Vital statistics of India. Vol. IV, Annual returns from 1871 to 1876. British Army of India, Native Army and jails of Bengal
Year: 1871
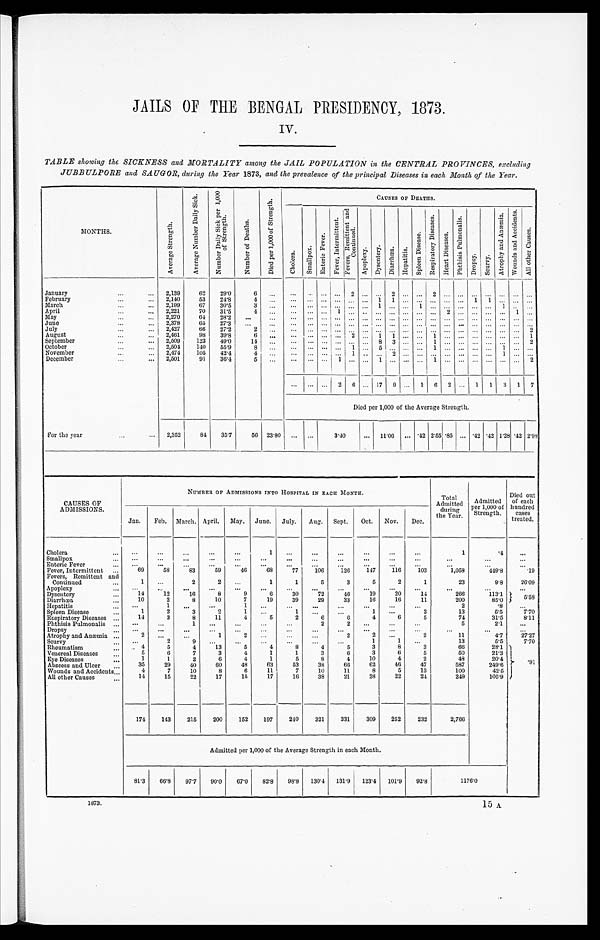
JAILS OF THE BENGAL PRESIDENCY, 1873.
IV.
TABLE showing the SICKNESS and MORTALITY among the JAIL POPULATION in the CENTRAL PROVINCES, excluding
JUBBULPORE and SAUGOR, during the Year 1873 , and the prevalence of the principal Diseases in each Month of the Year .
MONTHS.
A v e r a g e S t r e n g t h .
A v e r a g e N u m b e r D a i l y S i c k .
N u m b e r D a i l y S i c k p e r 1 , 0 0 0 o f S t r e n g t h .
N u m b e r o f D e a t h s .
D i e d p e r 1 , 0 0 0 o f S t r e n g t h .
C h o l e r a .
S m a l l p o x .
E n t e r i c F e v e r .
Fever , I nt er mi t t ent .
F e v e r s , R e m i t t e n t a n d C o n t i n u e d .
A p o p l e x y .
D y s e n t e r y .
D i a r r h œ a .
H e p a t i t i s .
S p l e e n D i s e a s e s .
R e s p i r a t o r y D i s e a s e s .
H e a r t D i s e a s e s .
P h t h i s i s P u l m o n a l i s .
D r o p s y .
S c u r v y .
A t r o p h y a n d A n æ m i a .
W o u n d s a n d A c c i d e n t s .
A l l o t h e r C a u s e s .
January ...
2,139
62
29.0
6
...
. . .
. . .
. . .
. . .
2
. . .
. . .
2
. . .
. . .
2
. . ....
... ...
. . ....
. . .
February ...
2,140
53
24.8
4 ...
. . .
. . .
. . .
. . .
. . .
. . .
1
1
. . .
. . .
. . .
. . .
. . . 1
1
. . .
. . .
. . .
March ...
2,199
67
30.5
3 ...
. . .
. . .
. . .
. . .
. . .
. . . 1
. . .
. . . 1
. . . . . .
. . .
. . .
. . .
1
. . .
. . .
April ...
2,221
70
31.5
4
. . .
. . .
. . .
. . . 1
. . .
. . .
. . .
. . .
. . .
. . .
. . . 2
. . .
. . .
. . .
. . . 1
. . .
May ...
2,270
64
28.2
. . .
...
. . .
. . .
. . .
. . .
. . .
. . .
. . .
. . .
. . .
. . .
. . .
. . .
. . .
. . .
. . .
. . .
. . .
. . .
June ...
2,378
65
27.3
. . .
...
. . .
. . .
. . .
. . .
. . .
. . .
. . .
. . .
. . .
. . .
. . .
. . .
. . .
. . .
. . .
. . .
. . . . . .
July ...
2,427
66
27.2
2
...
. . .
. . .
. . .
. . . . . .
. . .
. . .
. . .
. . .
. . .
. . .
. . .
. . .
. . .
. . .
. . .
. . .
2
August ...
2,461
98
39.8
6
...
. . .
. . .
. . .
. . . 2
. . . 1
1
. . .
. . . 1
. . .
. . .
. . .
. . .
. . .
. . . 1
September ...
2,509
123
49.0
1 4 ...
. . .
. . .
. . .
. . .
. . .
. . .
8
3
. . .
. . .
1 ...
. . .
. . .
. . .
. . .
. . . 2
October ...
2,504
140
55.9
8
...
. . .
. . .
. . .
. . .
1
. . .
5 ...
. . .
. . .
1
. . .
. . .
. . .
. . .
1
. . .
. . .
November ...
2,474
105
42.4
4 ...
. . .
. . .
. . .
. . .
1
. . .
. . .
2
. . .
. . .
. . .
. . .
. . .
. . .
. . .
1
. . .
. . .
December ...
2,501
91
36.4
5
...
. . .
. . .
. . .
1
. . .
. . .1
. . ....
...
1
. . .
. . .
. . .
. . .
. . .
. . .
2
. . .
. . .
. . . 2
6
. . . 17
9
. . .
1 6
2
. . . 1
1
3
1
7
Died per 1,000 of the Average Strength.
For the year ...
2,352
84
35.7
56
23.80
. . .
. . .
3.40
. . .
11.06
. . . .42 2.55 .85
. . . .42 .42 1.28 .42 2.98
CAUSES OF
ADMISSIONS.
NUMBER OF ADMISSIONS INTO HOSPITAL IN EACH MONTH.
Total
Admitted
during
the Year.
Admitted
per 1,000 of
S t r e n g t h .
Died out
of each
h u n d r e d c a s e s
treated.
Jan.
Feb.
March. April.
May.
June.
July.
Aug.
Sept.
Oct.
Nov.
Dec.
Cholera ...
. . .
. . .
. . .
. . .
. . .
1
. . .
. . .
. . .
. . .
. . .
. . .
1
. 4
. . .
Smallpox ...
. . .
. . .
. . .
. . .
. . .
. . .
. . .
. . .
. . .
. . .
. . .
. . .
. . .
. . .
. . .
Enteric Fever ...
. . .
. . .
. . .
. . .
. . .
. . .
. . .
. . .
. . .
. . .
. . .
. . .
. . .
. . .
. . .
Fever, Intermittent ...
69
58
83
59
46
68
77
106
126
147
116
103
1,058
449.8
.19
Fevers, Remittent and
Continued ...
1
. . .
2
2
. . .
1
1
5
3
5
2
1
23
9.8
26.09
Apoplexy ...
. . .
. . .
. . .
. . .
. . .
. . .
. . .
. . .
. . .
. . .
. . .
. . .
. . .
. . .
. . .
Dysentery ...
14
12
16
8
9
6
30
72
46
19
20
14
266
113.1
5.58
Diarrhœa ...
10
2
8
10
7
19
39
29
33
16
16
11
200
85.0
Hepatitis ...
. . .
1
. . .
. . .
1
. . .
. . .
. . .
. . .
. . .
. . .
. . .
2
. 8
. . .
Spleen Disease ...
1
2
3
2
1
. . .
1
. . .
... .
1
. . .
2
13
5 . 5
7.70
Respiratory Diseases ...
14
3
8
11
4
5
2
6
6
4
6
5
74
31.5
8.11
Phthisis Pulmonalis ...
. . .
. . .
. . .
. . .
. . .
. . .
. . .
2
2
. . .
. . .
. . .
5
2.1
. . .
Dropsy ...
. . .
. . .
. . .
. . .
. . .
. . .
. . .
. . .
. . .
. . .
. . .
. . .
. . .
. . .
. . .
Atrophy and Anæmia ...
2
. . .
. . .
1
2
. . .
. . .
. . .
2
2
. . .
2
11
4.7
27.27
Scurvy ...
. . .
2
9
. . .
. . .
. . .
. . .
. . .
. . .
1
1
. . .
13
5.5
7.70
Rheumatism ...
4
5
4
13
5
4
8
4
5
3
8
3
66
28.1
. 9 1
V e n e r e a l D i s e a s e s . . .
5
6
7
3
4
1
1
3
6
3
6
5
50
21.3
Eye Diseases ...
1
1
2
6
4
1
5
8
4
10
4
2
48
20.4
Abscess and Ulcer ...
35
29
40
60
48
63
53
38
66
62
46
47
587
249.6
Wounds and Accidents ...
4
7
10
8
6
11
7
10
11
8
5
13
100
42.5
28
22
24
249
105.9
14
15
22
17
15
17
16
38
21
All other Causes ...
174
143
215
200
152
197
240
321
331
309
252
232
2,766
Admitted per 1,000 of the Average Strength in each Month.
81.3
66.8
97.7
90.0
67.0
82.8
98.8
130.4
131.9
123.4
101.9
92.8
1176.0
1873.
1 5 A.